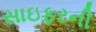
સાઇફરની